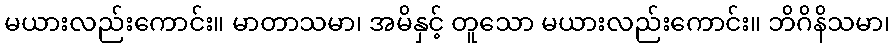
မယားလည်းကောင်း။ မာတာသမာ၊ အမိနှင့် တူသော မယားလည်းကောင်း။ ဘိဂိနိသမာ၊